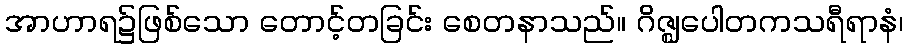
အာဟာရ၌ဖြစ်သော တောင့်တခြင်း စေတနာသည်။ ဂိဇ္ဈပေါတကသရီရာနံ၊